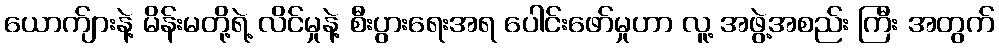
ယောက်ျားနဲ့ မိန်းမတို့ရဲ့ လိင်မှုနဲ့ စီးပွားရေးအရ ပေါင်းဖော်မှုဟာ လူ့ အဖွဲ့အစည်း ကြီး အတွက်